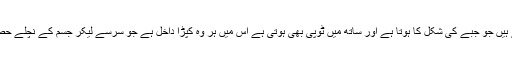
{د} برنس : اس کپڑے کو کہتے ہیں جو جبے کی شکل کا ہوتا ہے اور ساتھ میں ٹوپی بھی ہوتی ہے اس میں ہر وہ کپڑا داخل ہے جو سرسے لیکر جسم کے نچلے حصے تک کے لئے پہنا جاتا ہے ۔